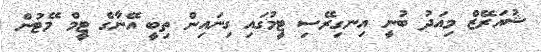
ޝުއަރޭޒް މިއަދު ބުނީ އިނގިރޭސި ޓީމުގައި ގިނައިން ތިބީ އޭނާގެ ޓީމް މޭޓުން